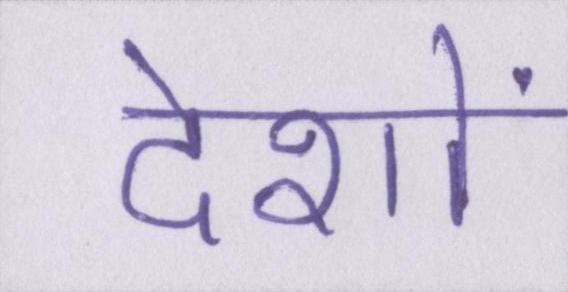
देशों